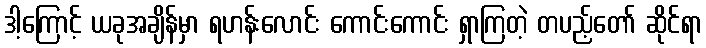
ဒါ့ကြောင့် ယခုအချိန်မှာ ရဟန်းလောင်း ကောင်းကောင်း ရှာကြတဲ့ တပည့်တော် ဆိုင်ရာ